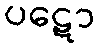
ပဋော